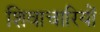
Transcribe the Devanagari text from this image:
शिवाचारियों